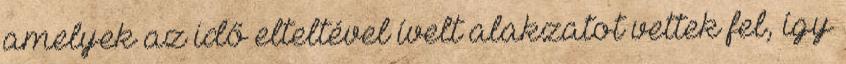
amelyek az idő elteltével ívelt alakzatot vettek fel, így